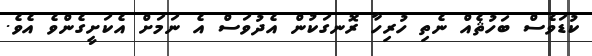
ކުޑަވެސް ބަހުޘެއް ނެތި ހުރިހާ ރޮނގަކުން އެދުވަސް އެ ނަމަށް އެކަށީގެންވެ އެވެ.